Report of the Indian Hemp Drugs Commission, 1894-1895 - Volume VII
Year: 1894
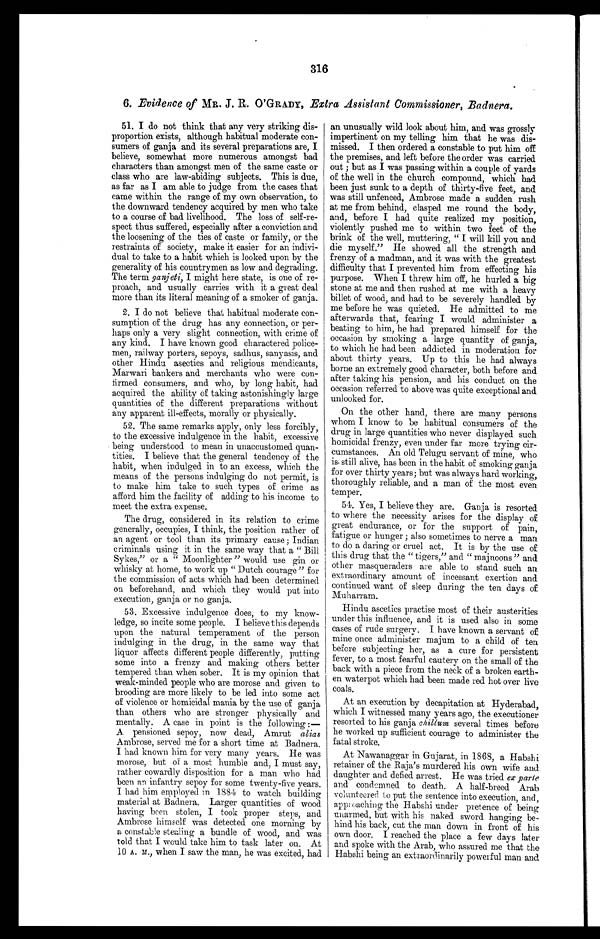
316
6. Evidence of MR. J. R. O ' GRADY, Extra Assistant Commissioner, Badnera.
51. I do not think that any very striking dis-
proportion exists, although habitual moderate con-
sumers of ganja and its several preparations are, I
believe, somewhat more numerous amongst bad
characters than amongst men of the same caste or
class who are law-abiding subjects. This is due,
as far as I am able to judge from the cases that
came within the range of my own observation, to
the downward tendency acquired by men who take
to a course of bad livelihood. The loss of self-re-
spect thus suffered, especially after a conviction and
the loosening of the ties of caste or family, or the
restraints of society, make it easier for an indivi-
dual to take to a habit which is looked upon by the
generality of his countrymen as low and degrading.
The term ganjeti, I might here state, is one of re-
proach, and usually carries with it a great deal
more than its literal meaning of a smoker of ganja.
2. I do not believe that habitual moderate con-
sumption of the drug has any connection, or per-
haps only a very slight connection, with crime of
any kind. I have known good charactered police-
men, railway porters, sepoys, sadhus, sanyasis, and
other Hindu asectics and religious mendicants,
Marwari bankers and merchants who were con-
firmed consumers, and who, by long habit, had
acquired the ability of taking astonishingly large
quantities of the different preparations without
any apparent ill-effects, morally or physically.
52. The same remarks apply, only less forcibly,
to the excessive indulgence in the habit, excessive
being understood to mean in unaccustomed quan-
tities. I believe that the general tendency of the
habit, when indulged in to an excess, which the
means of the persons indulging do not permit, is
to make him take to such types of crime as
afford him the facility of adding to his income to
meet the extra expense.
The drug, considered in its relation to crime
generally, occupies, I think, the position rather of
an agent or tool than its primary cause; Indian
criminals using it in the same way that a " Bill
Sykes," or a " Moonlighter " would use gin or
whisky at home, to work up "Dutch courage" for
the commission of acts which had been determined
on beforehand, and which they would put into
execution, ganja or no ganja.
53. Excessive indulgence does, to my know-
ledge, so incite some people. I believe this depends
upon the natural temperament of the person
indulging in the drug, in the same way that
liquor affects different people differently, putting
some into a frenzy and making others better
tempered than when sober. It is my opinion that
weak-minded people who are morose and given to
brooding are more likely to be led into some act
of violence or homicidal mania by the use of ganja
than others who are stronger physically and
mentally. A case in point is the following :
— A p e n s i o n e d s e p o y , n o w d e a d , A m r u ta
l i a s
Ambrose, served me for a short time at Badnera.
I had known him for very many years. He was
morose, but of a most humble and, I must say,
rather cowardly disposition for a man who had
been an infantry sepoy for some twenty-five years.
I had him employed in 1884 to watch building
material at Badnera. Larger quantities of wood
having been stolen, I took proper steps, and
Ambrose himself was detected one morning by
a constable stealing a bundle of wood, and was
told that I would take him to task later on. At
10 A. M., when I saw the man, he was excited, had
an unusually wild look about him, and was grossly
impertinent on my telling him that he was dis-
missed. I then ordered a constable to put him off
the premises, and left before the order was carried
out ; but as I was passing within a couple of yards
of the well in the church compound, which had
been just sunk to a depth of thirty-five feet, and
was still unfenced, Ambrose made a sudden rush
at me from behind, clasped me round the body,
and, before I had quite realized my position,
violently pushed me to within two feet of the
brink of the well, muttering, " I will kill you and
die myself." He showed all the strength and
frenzy of a madman, and it was with the greatest
difficulty that I prevented him from effecting his
purpose. When I threw him off, he hurled a big
stone at me and then rushed at me with a heavy
billet of wood, and had to be severely handled by
me before he was quieted. He admitted to me
afterwards that, fearing I would administer a
beating to him, he had prepared himself for the
occasion by smoking a large quantity of ganja,
to which he had been addicted in moderation for
about thirty years. Up to this he had always
borne an extremely good character, both before and
after taking his pension, and his conduct on the
occasion referred to above was quite exceptional and
unlooked for.
On the other hand, there are many persons
whom I know to be habitual consumers of the
drug in large quantities who never displayed such
homicidal frenzy, even under far more trying cir-
cumstances. An old Telugu servant of mine, who
is. still alive, has been in the habit of smoking ganja
for over thirty years; but was always hard working,
thoroughly reliable, and a man of the most even
temper.
54. Yes, I believe they are. Ganja is resorted
to where the necessity arises for the display of
great endurance, or for the support of pain,
fatigue or hunger ; also sometimes to nerve a man
to do a daring or cruel act. It is by the use of
this drug that the " tigers," and " majnoons " and
other masqueraders are able to stand such an
extraordinary amount of incessant exertion and
continued want of sleep during the ten days of
Muharram.
Hindu ascetics practise most of their austerities
under this influence, and it is used also in some
cases of rude surgery. I have known a servant of
mine once administer majum to a child of ten
before subjecting her, as a cure for persistent
fever, to a most fearful cautery on the small of the
back with a piece from the neck of a broken earth-
en waterpot which had been made red hot over live
coals.
At an execution by decapitation at Hyderabad,
which I witnessed many years ago, the executioner
resorted to his ganja chillum several times before
he worked up sufficient courage to administer the
fatal stroke.
At Nawanaggar in Gujarat, in 1868, a Habshi
retainer of the Raja's murdered his own wife and
daughter and defied arrest. He was tried ex parte
and condemned to death. A half-breed Arab
volunteered to put the sentence into execution, and,
approaching the Habshi under pretence of being
unarmed, but with his naked sword hanging be-
hind his back, cut the man down in front of his
own door. I reached the place a few days later
and spoke with the Arab, who assured me that the
Habshi being an extraordinarily powerful man and